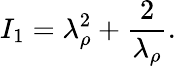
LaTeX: I_{1}=\lambda_{\rho}^{2}+\frac{2}{\lambda_{\rho}}.